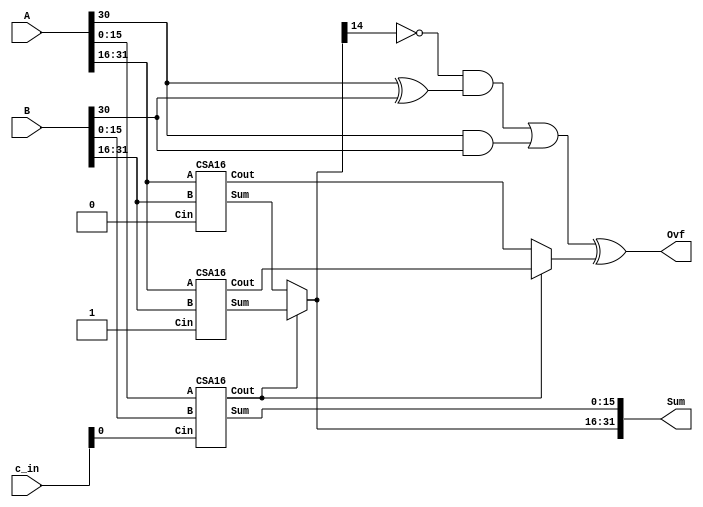
module Adder32(A, B, c_in, Sum, Ovf); //It is a CSA
	input [31:0] A;
	input [31:0] B;
	input [4:0] c_in;
	output [31:0] Sum;
	output Ovf;
	
	wire select;
	wire [15:0] select0;
	wire [15:0] select1;
	wire cout0, cout1;
	wire Cout, Cin; // for last bit
	wire tmp1, tmp2, tmp3, tmp4;
	
	CSA16 adder1(A[15:0], B[15:0], c_in[0], Sum[15:0], select);
	CSA16 adder2(A[31:16], B[31:16], 1'b0, select0, cout0);
	CSA16 adder3(A[31:16], B[31:16], 1'b1, select1, cout1);
	
	assign Cout = select? cout1 : cout0;
	assign Sum[31:16] = select? select1 : select0; 
	
	// Compute Ovf using CI != CO
	// first compute Cin for last bit using A[30] B[30] Sum[30]
	// Cin = (A[30] and B[30]) or ((A[30] xor B[30]) and not Sum[30])
	and and1(tmp1, A[30], B[30]);
	xor xor1(tmp2, A[30], B[30]);
	not not1(tmp3, Sum[30]);
	and and2(tmp4, tmp3, tmp2);
	or or1(Cin, tmp4, tmp1);
	
	//next coutpute if CI == CO
	xor xor2(Ovf, Cin, Cout);
	
endmodule

module CSA16(A, B, Cin, Sum, Cout);
	input [15:0] A;
	input [15:0] B;
	input Cin;
	output [15:0] Sum;
	output Cout;
	
	wire select;
	wire [7:0] select0;
	wire [7:0] select1;
	wire cout0, cout1;
	
	CSA8 adder1(A[7:0], B[7:0], Cin, Sum[7:0], select);
	CSA8 adder2(A[15:8], B[15:8], 1'b0, select0, cout0);
	CSA8 adder3(A[15:8], B[15:8], 1'b1, select1, cout1);
	
	assign Cout = select? cout1 : cout0;
	assign Sum[15:8] = select? select1 : select0; 
	 
endmodule
	
	
module CSA8(A, B, Cin, Sum, Cout);
	input [7:0] A;
	input [7:0] B;
	input Cin;
	output [7:0]Sum;
	output Cout;
	 
	wire select;
	wire [3:0] select0;
	wire [3:0] select1;
	wire cout0, cout1;
	
	RCA4 adder1(A[3:0], B[3:0], Cin, Sum[3:0], select);
	RCA4 adder2(A[7:4], B[7:4], 1'b0, select0, cout0);
	RCA4 adder3(A[7:4], B[7:4], 1'b1, select1, cout1);
	
	assign Cout = select? cout1 : cout0;
	assign Sum[7:4] = select? select1 : select0; 
	
endmodule 


module RCA4(A, B, Cin, Sum, Cout);
	input [3:0] A;
	input [3:0] B;
	input Cin;
	output [3:0]Sum;
	output Cout;
	
	wire temp_cout[2:0];
	
	full_adder fa1(A[0], B[0], Cin, Sum[0], temp_cout[0]);
	full_adder fa2(A[1], B[1], temp_cout[0], Sum[1], temp_cout[1]);
	full_adder fa3(A[2], B[2], temp_cout[1], Sum[2], temp_cout[2]);
	full_adder fa4(A[3], B[3], temp_cout[2], Sum[3], Cout);
	 
endmodule 


module full_adder(a, b, Cin, Sum, Cout);
	input a, b, Cin;
	output Cout, Sum;
	wire temp1, temp2, temp3;
	xor xor1(temp1, a, b);
	xor xor2(Sum, temp1, Cin);
	and and1(temp2, Cin, temp1);
	and and2(temp3, a, b);
	or or1(Cout, temp2, temp3);
endmodule